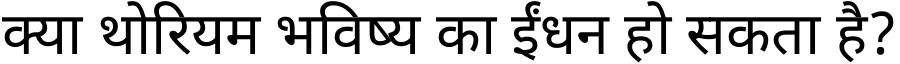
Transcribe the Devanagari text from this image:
क्या थोरियम भविष्य का ईंधन हो सकता है?